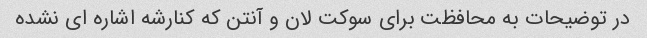
در توضیحات به محافظت برای سوکت لان و آنتن که کنارشه اشاره ای نشده